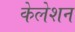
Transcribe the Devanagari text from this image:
केलेशन